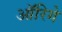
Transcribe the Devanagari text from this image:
ऑरिगे